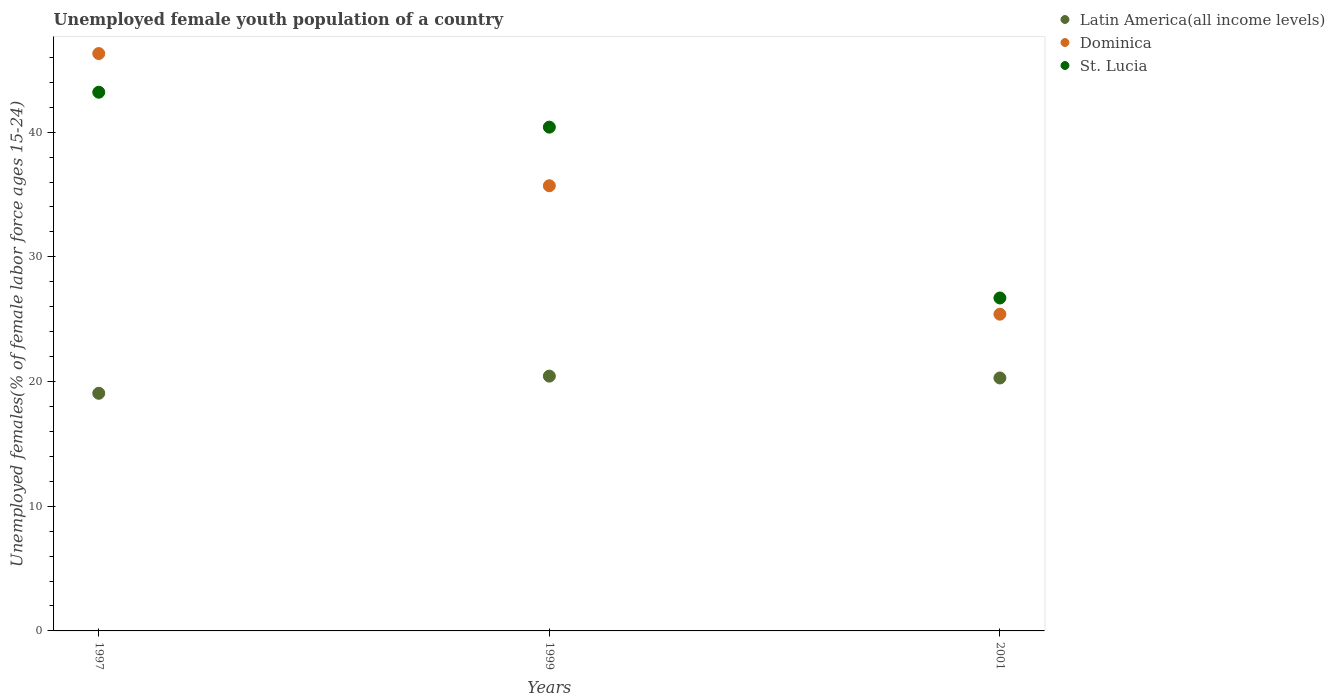
| Years | Latin America(all income levels) | Dominica | St. Lucia |
 | --- | --- | --- | --- |
 | 1997 | 19.1 | 46.3 | 43.2 |
 | 1999 | 20.4 | 35.7 | 40.4 |
 | 2001 | 20.3 | 25.4 | 26.7 |